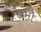
દામો